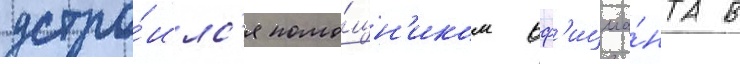
устро́илс'я помо́щн'иком оф'ициа́нта в